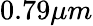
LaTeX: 0.79\mu m